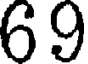
69